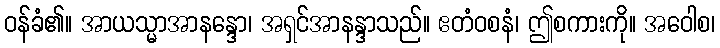
ဝန်ခံ၏။ အာယသ္မာအာနန္ဒော၊ အရှင်အာနန္ဒာသည်။ ဧတံဝစနံ၊ ဤစကားကို။ အဝေါစ၊